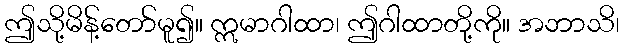
ဤသို့မိန့်တော်မူ၍။ ဣမာဂါထာ၊ ဤဂါထာတို့ကို။ အဘာသိ၊